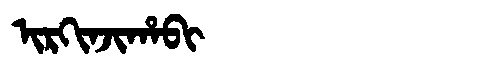
Manchu: ᡳᡵᡴᡳᠨᠵᡳᡥᠠᠪᡳ
Romanization: IRKINJIHABI